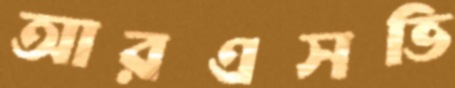
আরএসভি